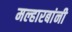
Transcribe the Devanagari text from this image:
मल्हारबांनी